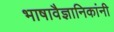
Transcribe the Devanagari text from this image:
भाषावैज्ञानिकांनी